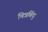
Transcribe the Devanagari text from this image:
चित्रबिंदु